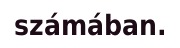
számában.